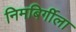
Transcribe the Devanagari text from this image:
निमबिर्गीला